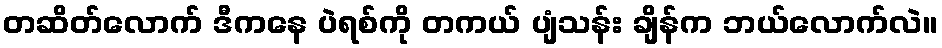
တဆိတ်လောက် ဒီကနေ ပဲရစ်ကို တကယ် ပျံသန်း ချိန်က ဘယ်လောက်လဲ။